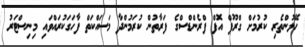
ހޭލުންތެރި ކުރުމަށް ގްރޫޕް އޮފް ފްރެންޑްސްގެ ފަރާތުން ކުރަމުންދާ މަސައްކަތް ފާހަގަކުރައްވައި މިނިސްޓަރު